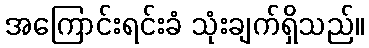
အကြောင်းရင်းခံ သုံးချက်ရှိသည်။